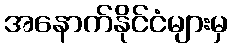
အနောက်နိုင်ငံများမှ